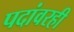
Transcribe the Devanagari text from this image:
पदांवरही